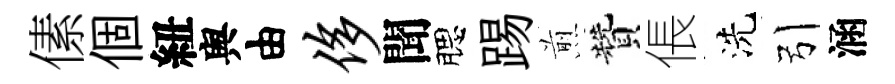
傃個紐舆由侈聞腮踢煎贊倀洗引涵